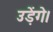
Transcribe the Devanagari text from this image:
उड़ेंगे।